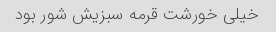
خیلی خورشت قرمه سبزیش شور بود